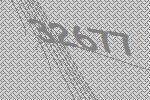
32677